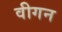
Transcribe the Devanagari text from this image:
वीगन